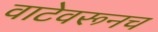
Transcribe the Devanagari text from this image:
वाटेवरूनच